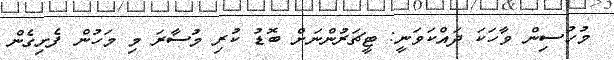
މުހުސިން ވާހަކަ ދައްކަވަނީ: ޓީޗަރުންނަށް ބޮޑު ކުރި މުސާރަ މި މަހުން ފެށިގެން